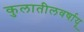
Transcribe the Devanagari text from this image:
कुलातीलवर्षायू